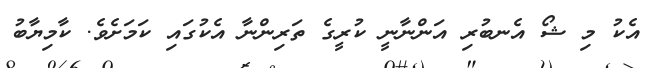
އެކު މި ޝޯ އެނބުރި އަންނާނީ ކުރީގެ ތަރިންނާ އެކުގައި ކަމަށެވެ. ކާމިޔާބު